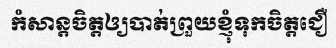
កំសាន្តចិត្តឲ្យបាត់ព្រួយខ្ញុំទុកចិត្តជឿ